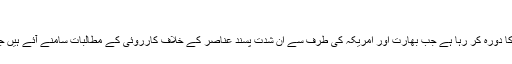
"
اقوام متحدہ کا وفد ایک ایسے وقت پاکستان کا دورہ کر رہا ہے جب بھارت اور امریکہ کی طرف سے ان شدت پسند عناصر کے خلاف کارروئی کے مطالبات سامنے آئے ہیں جو مبینہ طور ان ملکوں کے لیے خطرہ ہیں۔